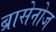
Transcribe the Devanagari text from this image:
ब्रासेनोज